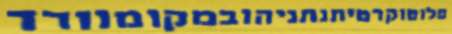
פלוטוקרטיתנתניהובמקומוורד